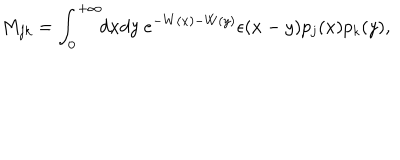
M _ { j k } = \int _ { 0 } ^ { + \infty } \! \! d x d y \ e ^ { - W ( x ) - W ( y ) } \epsilon ( x - y ) p _ { j } ( x ) p _ { k } ( y ) ,